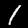
Digit: 1